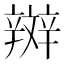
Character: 辬